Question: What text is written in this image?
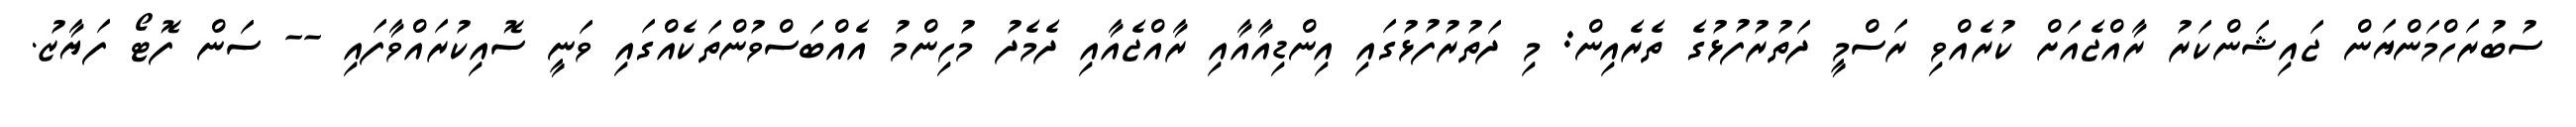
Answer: ސުބުރަހްމަންޔަން ޖައިޝަންކަރު ރާއްޖެއަށް ކުރެއްވި ރަސްމީ ދަތުރުފުޅުގެ ތެރެއިން: މި ދަތުރުފުޅުގައި އިންޑިއާއާއި ރާއްޖެއާއި ދެމެދު މުހިންމު އެއްބަސްވުންތަކެއްގައި ވަނީ ސޮއިކުރައްވާފައި -- ސަން ފޮޓޯ ފަޔާޒު.